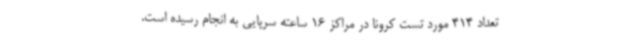
تعداد 414 مورد تست کرونا در مراکز 16 ساعته سرپایی به انجام رسیده است.